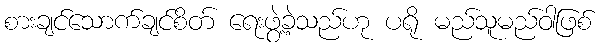
စားချင်သောက်ချင်စိတ် ရေးဖွဲ့ခဲ့သည်ဟု ပရို မည်သူမည်ဝါဖြစ်